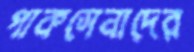
পাকসেনাদের